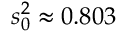
s _ { 0 } ^ { 2 } \approx 0 . 8 0 3